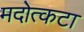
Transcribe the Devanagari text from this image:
मदोत्कटा